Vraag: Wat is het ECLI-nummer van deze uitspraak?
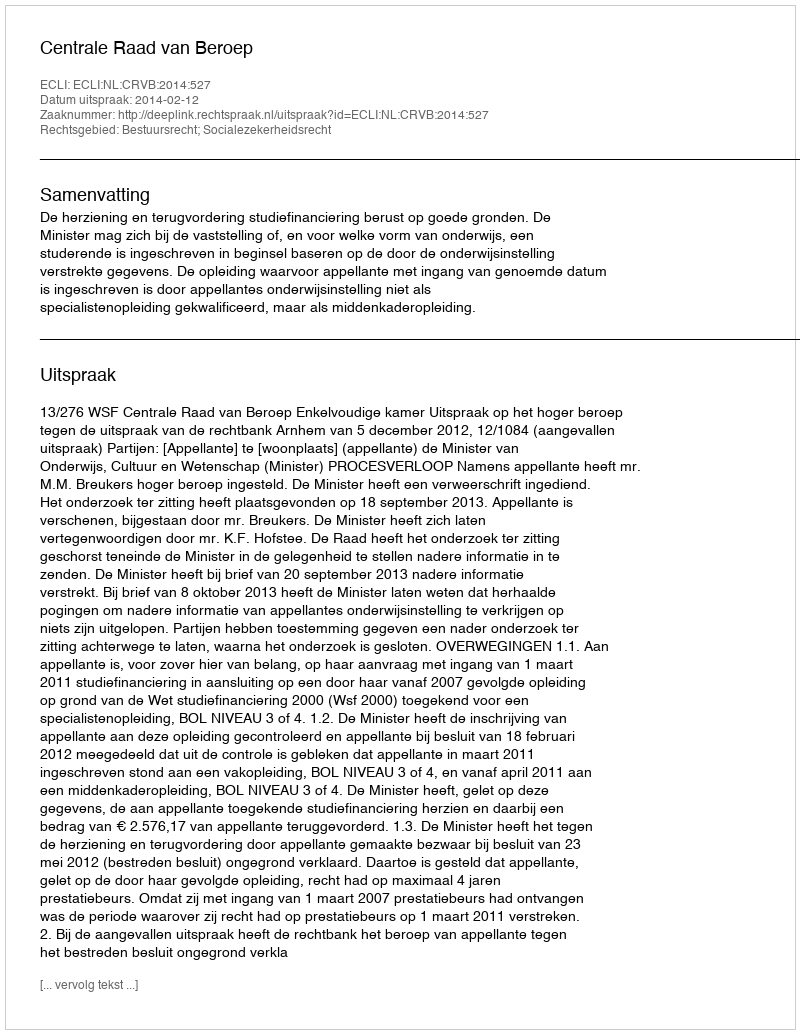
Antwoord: ECLI:NL:CRVB:2014:527